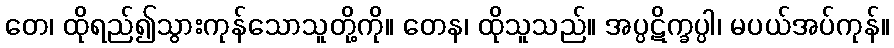
တေ၊ ထိုရည်၍သွားကုန်သောသူတို့ကို။ တေန၊ ထိုသူသည်။ အပ္ပဋိက္ခပ္ပါ၊ မပယ်အပ်ကုန်။